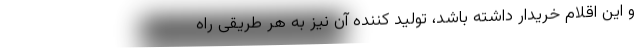
و این اقلام خریدار داشته باشد، تولید کننده آن نیز به هر طریقی راه